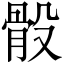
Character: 骰